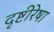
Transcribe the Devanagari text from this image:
दृष्टीरेषा